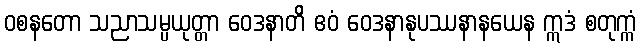
ဝစနတော သညာသမ္ပယုတ္တာ ဝေဒနာတိ ဧဝံ ဝေဒနာနုပဿနာနယေန ဣဒံ စတုက္ကံ